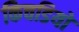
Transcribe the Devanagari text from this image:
किचडियो